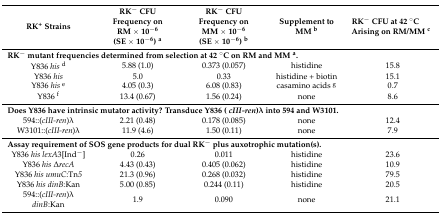
<table><thead><tr><td><b>RK<sup>+</sup> Strains</b></td><td><b>RK<sup>−</sup> CFU Frequency on RM ×10<sup>−6</sup> (SE × 10<sup>−6</sup>) <sup>a</sup></b></td><td><b>RK<sup>−</sup> CFU Frequency on MM ×10<sup>−6</sup> (SE × 10<sup>−6</sup>) <sup>b</sup></b></td><td><b>Supplement to MM <sup>b</sup></b></td><td><b>RK<sup>−</sup> CFU at 42 °C Arising on RM/MM <sup>c</sup></b></td></tr></thead><tbody><tr><td colspan="5"><b>RK<sup>−</sup> mutant frequencies determined from selection at 42 °C on RM and MM <sup>a</sup>.</b></td></tr><tr><td>Y836 <i>his</i><sup>d</sup></td><td>5.88 (1.0)</td><td>0.373 (0.057)</td><td>histidine</td><td>15.8</td></tr><tr><td>Y836 <i>his</i></td><td>5.0</td><td>0.33</td><td>histidine + biotin</td><td>15.1</td></tr><tr><td>Y836 <i>his</i><sup>e</sup></td><td>4.05 (0.3)</td><td>6.08 (0.83)</td><td>casamino acids <sup>g</sup></td><td>0.7</td></tr><tr><td>Y836 <sup>f</sup></td><td>13.4 (0.67)</td><td>1.56 (0.24)</td><td>none</td><td>8.6</td></tr><tr><td colspan="5"><b>Does Y836 have intrinsic mutator activity? Transduce Y836 (<i>cIII-ren</i>)λ into 594 and W3101.</b></td></tr><tr><td>594::(<i>cIII-ren</i>)λ</td><td>2.21 (0.48)</td><td>0.178 (0.085)</td><td>none</td><td>12.4</td></tr><tr><td>W3101::(<i>cIII-ren</i>)λ</td><td>11.9 (4.6)</td><td>1.50 (0.11)</td><td>none</td><td>7.9</td></tr><tr><td colspan="5"><b>Assay requirement of SOS gene products for dual RK<sup>−</sup> plus auxotrophic mutation(s).</b></td></tr><tr><td>Y836 <i>his lexA</i>3[Ind<sup>−</sup>]</td><td>0.26</td><td>0.011</td><td>histidine</td><td>23.6</td></tr><tr><td>Y836 <i>his</i> Δ<i>recA</i></td><td>4.43 (0.43)</td><td>0.405 (0.062)</td><td>histidine</td><td>10.9</td></tr><tr><td>Y836 <i>his umuC</i>:Tn<i>5</i></td><td>21.3 (0.96)</td><td>0.268 (0.032)</td><td>histidine</td><td>79.5</td></tr><tr><td>Y836 <i>his dinB</i>:Kan</td><td>5.00 (0.85)</td><td>0.244 (0.11)</td><td>histidine</td><td>20.5</td></tr><tr><td>594::(<i>cIII-ren</i>)λ <i>dinB</i>:Kan</td><td>1.9</td><td>0.090</td><td>none</td><td>21.1</td></tr></tbody></table>